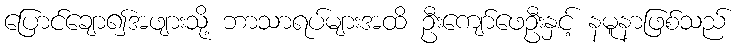
ပြောင်ချော၍အဖျားသို့ ဘာသာရပ်များအထိ ဦးကျော်ဖေဦးနှင့် နမူနာဖြစ်သည်